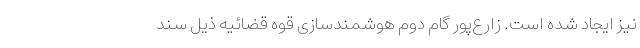
نیز ایجاد شده است. زارع‌پور گام دوم هوشمندسازی قوه قضائیه ذیل سند